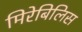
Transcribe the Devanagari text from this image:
मिरेबिलिस